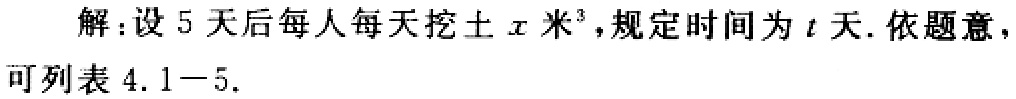
解：设5天后每人每天挖土\(x\)米\(^{3}\)，规定时间为\(t\)天. 依题意，可列表4.1 - 5.